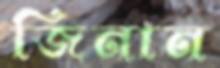
জিনান